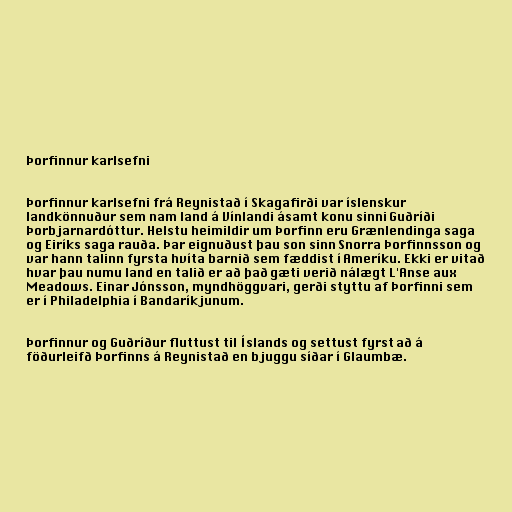
Þorfinnur karlsefni

Þorfinnur karlsefni frá Reynistað í Skagafirði var íslenskur
landkönnuður sem nam land á Vínlandi ásamt konu sinni Guðríði
Þorbjarnardóttur. Helstu heimildir um Þorfinn eru Grænlendinga saga
og Eiríks saga rauða. Þar eignuðust þau son sinn Snorra Þorfinnsson og
var hann talinn fyrsta hvíta barnið sem fæddist í Ameríku. Ekki er vitað
hvar þau numu land en talið er að það gæti verið nálægt L'Anse aux
Meadows. Einar Jónsson, myndhöggvari, gerði styttu af Þorfinni sem
er í Philadelphia í Bandaríkjunum.

Þorfinnur og Guðríður fluttust til Íslands og settust fyrst að á
föðurleifð Þorfinns á Reynistað en bjuggu síðar í Glaumbæ.